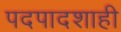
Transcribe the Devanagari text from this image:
पदपादशाही